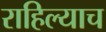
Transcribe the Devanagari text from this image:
राहिल्याच